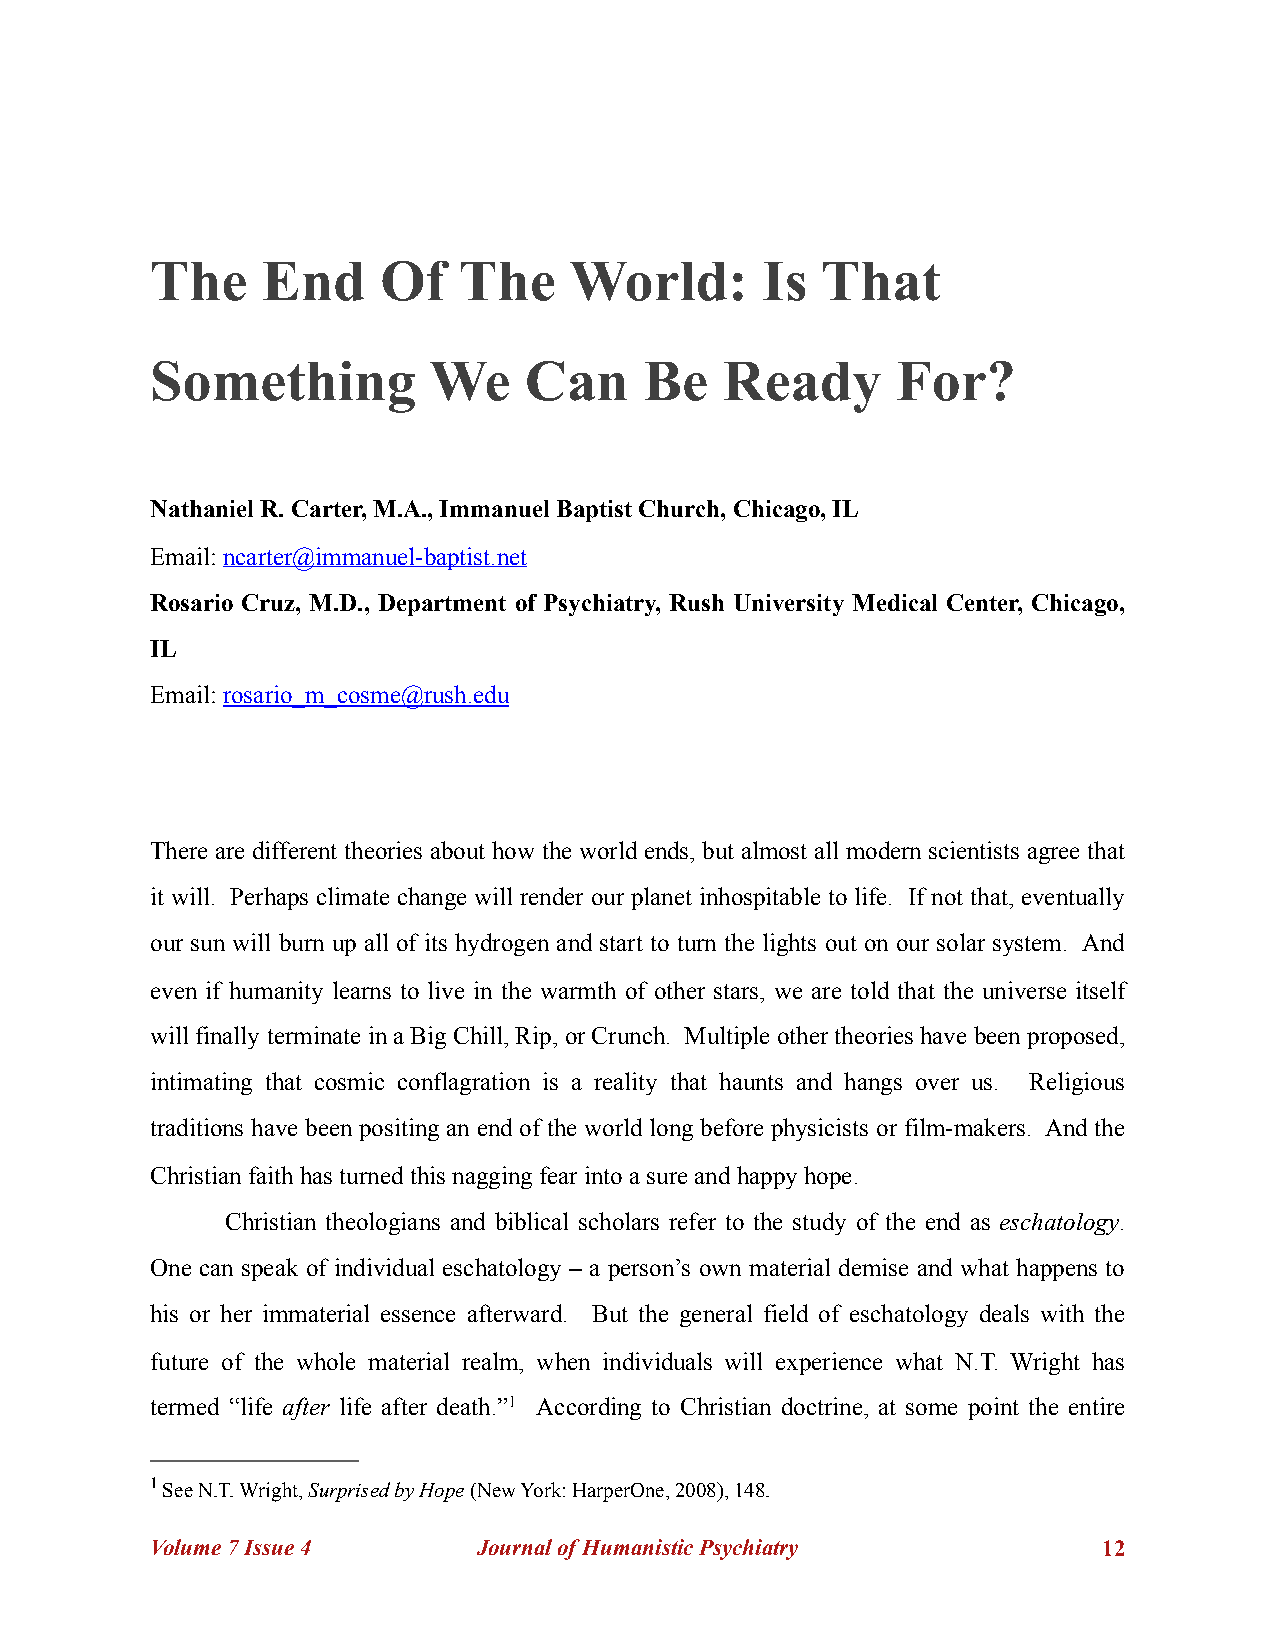
The    End     Of   The     World:      Is  That
 Something         We     Can     Be   Ready      For?
 Nathaniel R. Carter, M.A., Immanuel Baptist Church, Chicago, IL
 Email: ncarter@immanuel-baptist.net
 Rosario Cruz, M.D., Department of Psychiatry, Rush University Medical Center, Chicago,
 IL
 Email: rosario_m_cosme@rush.edu
 There are different theories about how the world ends, but almost all modern scientists agree that
 it will. Perhaps climate change will render our planet inhospitable to life. If not that, eventually
 our sun will burn up all of its hydrogen and start to turn the lights out on our solar system. And
 even if humanity learns to live in the warmth of other stars, we are told that the universe itself
 will finally terminate in a Big Chill, Rip, or Crunch. Multiple other theories have been proposed,
 intimating that cosmic conflagration is a reality that haunts and hangs over us. Religious
 traditions have been positing an end of the world long before physicists or film-makers. And the
 Christian faith has turned this nagging fear into a sure and happy hope.
 Christian theologians and biblical scholars refer to the study of the end as eschatology.
 One can speak of individual eschatology – a person’s own material demise and what happens to
 his or her immaterial essence afterward. But the general field of eschatology deals with the
 future of the whole material realm, when individuals will experience what N.T. Wright has
 termed “life after life after death.”1 According to Christian doctrine, at some point the entire
 1 See N.T. Wright, Surprised by Hope (New York: HarperOne, 2008), 148.
 Volume 7 Issue 4      Journal of Humanistic Psychiatry         !12